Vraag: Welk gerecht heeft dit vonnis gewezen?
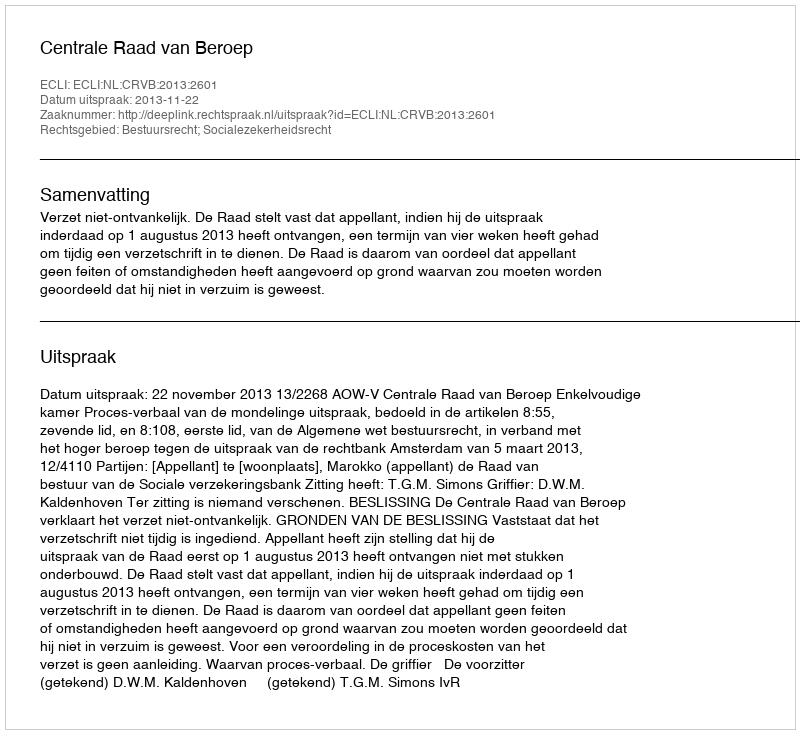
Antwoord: Centrale Raad van Beroep